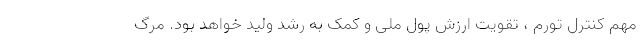
مهم کنترل تورم ، تقویت ارزش پول ملی و کمک به رشد ولید خواهد بود. مرگ